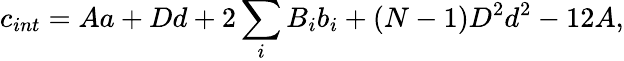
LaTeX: c_{int}=Aa+Dd+2\sum_{i}B_{i}b_{i}+(N-1)D^{2}d^{2}-12A,